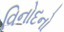
વિનોદનો